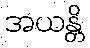
အယန္တိ